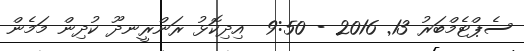
ސެޕްޓެމްބަރު 13